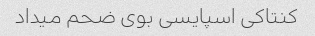
کنتاکی اسپایسی بوی ضحم میداد